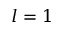
l = 1